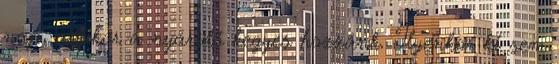
nap, amikor a nyáridő kegyes hozzánk. Ilyenkor ki sem